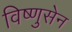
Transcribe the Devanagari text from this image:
विष्णुसेन